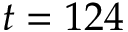
t = 1 2 4